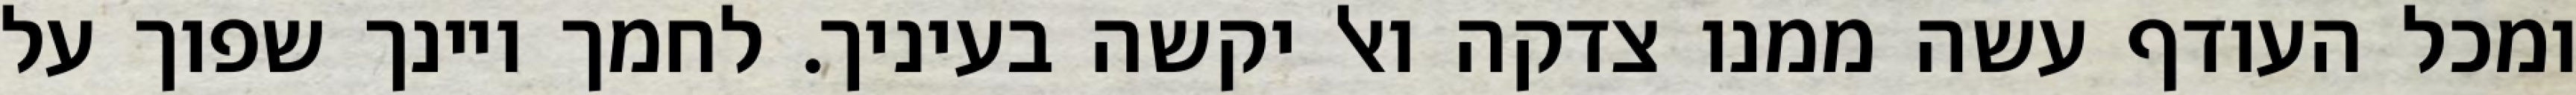
ומכל העודף עשה ממנו צדקה ואל יקשה בעיניך. לחמך ויינך שפוך על